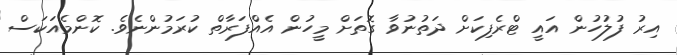
އިރު ފުލުހުން އައީ ޓްރެފިކަށް ދަތުނުވާ ގޮތަށް މީހުން އެއްފަރާތް ކުރަމުންނެވެ. ކޮންމެއަކަސް